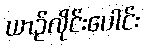
ယာဉ်လိုင်းပေါင်း